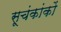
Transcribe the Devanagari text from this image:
सूचंकांकों